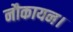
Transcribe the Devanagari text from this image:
नौकायन।